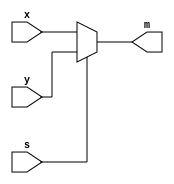
`timescale 1ns / 1ps
//////////////////////////////////////////////////////////////////////////////////
// Company: 
// Engineer: 
// 
// Design Name: 
// Module Name: lab131
// Project Name: 
// Target Devices: 
// Tool Versions: 
// Description: 
// 
// Dependencies: 
// 
// Revision:
// Revision 0.01 - File Created
// Additional Comments:
// 
//////////////////////////////////////////////////////////////////////////////////


module lab131(
    input [1:0] x,
    input [1:0] y,
    input s,
    output reg [1:0] m
    );
    
    always @ (x or y or s)
        begin
        if(s==0)
            m=x;
        else
            m=y;
        end

    
endmodule